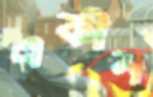
একীন